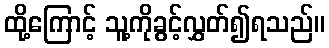
ထို့ကြောင့် သူ့ကိုခွင့်လွှတ်၍ရသည်။